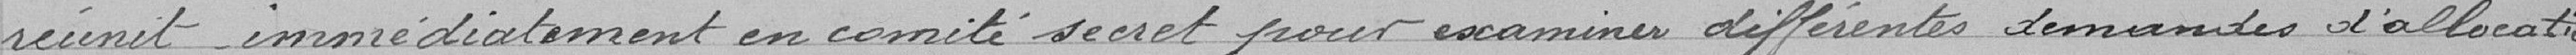
réunit immédiatement en comité secret pour examiner différentes demandes d'allocations